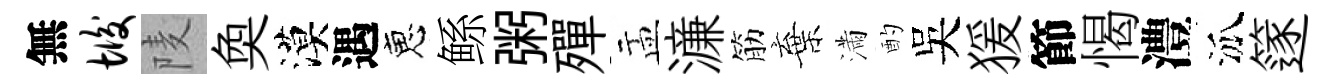
無垢𨹧奐漠遇恵鲧粥殫盂濓筋棄滿酌吴猨節愒澧泒篴